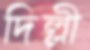
দিল্লী